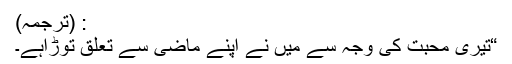
: (ترجمہ)
“تیری محبت کی وجہ سے میں نے اپنے ماضی سے تعلق توڑاہے۔